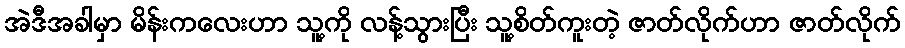
အဲဒီအခါမှာ မိန်းကလေးဟာ သူ့ကို လန့်သွားပြီး သူ့စိတ်ကူးတဲ့ ဇာတ်လိုက်ဟာ ဇာတ်လိုက်